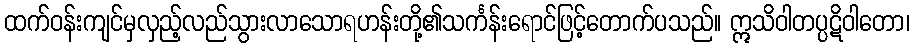
ထက်ဝန်းကျင်မှလှည့်လည်သွားလာသောရဟန်းတို့၏သင်္ကန်းရောင်ဖြင့်တောက်ပသည်။ ဣသိဝါတပ္ပဋိဝါတော၊